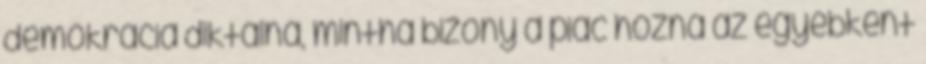
demokrácia diktálná, mintha bizony a piac hozná az egyébként